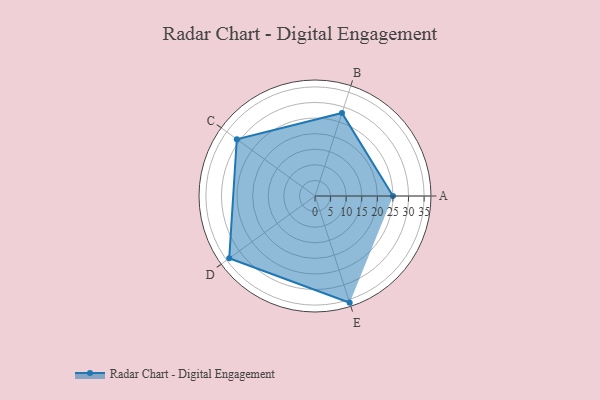
{"axis": {"x": "Skill", "y": "Score"}, "legend": ["Profile"], "data": [{"x": "A", "y": 25.0, "type": "Profile"}, {"x": "B", "y": 28.0, "type": "Profile"}, {"x": "C", "y": 31.0, "type": "Profile"}, {"x": "D", "y": 34.0, "type": "Profile"}, {"x": "E", "y": 36.0, "type": "Profile"}]}